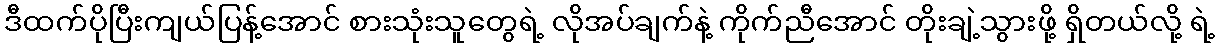
ဒီထက်ပိုပြီးကျယ်ပြန့်အောင် စားသုံးသူတွေရဲ့ လိုအပ်ချက်နဲ့ ကိုက်ညီအောင် တိုးချဲ့သွားဖို့ ရှိတယ်လို့ ရဲ့